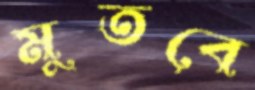
মুতবে